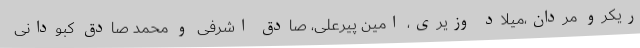
ریکرو مردان،میلاد وزیری، امین پیرعلی، صادق اشرفی و محمد صادق کبودانی